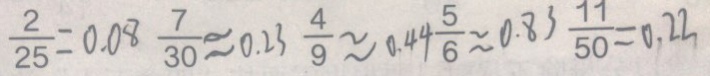
\frac { 2 } { 2 5 } = 0 . 0 8 \frac { 7 } { 3 0 } \approx 0 . 2 3 \frac { 4 } { 9 } \approx 0 . 4 4 \frac { 5 } { 6 } \approx 0 . 8 3 \frac { 1 1 } { 5 0 } = 0 . 2 2